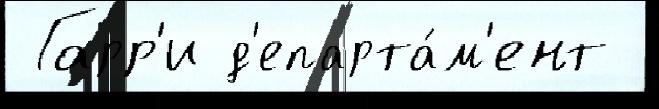
 Гарр'и д'епарта́м'ент